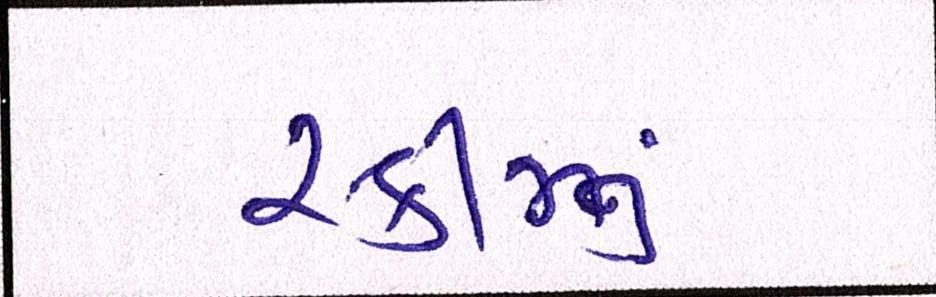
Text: સ્કીનનું